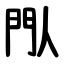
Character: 閄